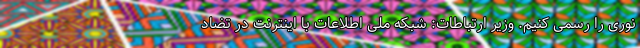
نوری را رسمی کنیم. وزیر ارتباطات: شبکه ملی اطلاعات با اینترنت در تضاد